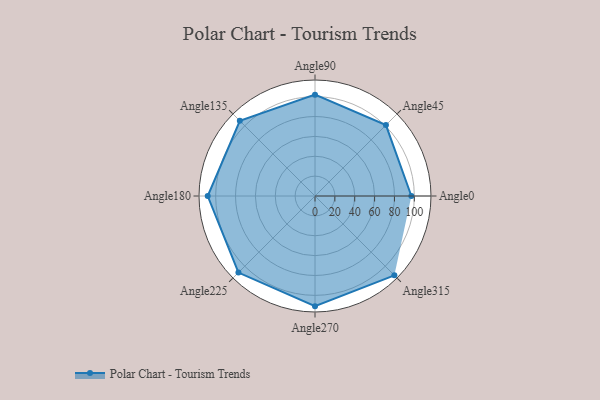
{"axis": {"x": "Angle", "y": "Radius"}, "legend": [""], "data": [{"x": "Angle0", "y": 97.0, "type": ""}, {"x": "Angle45", "y": 101.0, "type": ""}, {"x": "Angle90", "y": 102.0, "type": ""}, {"x": "Angle135", "y": 107.0, "type": ""}, {"x": "Angle180", "y": 108.0, "type": ""}, {"x": "Angle225", "y": 109.0, "type": ""}, {"x": "Angle270", "y": 111.0, "type": ""}, {"x": "Angle315", "y": 113.0, "type": ""}]}